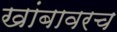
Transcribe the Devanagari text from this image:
खांबावरच